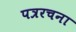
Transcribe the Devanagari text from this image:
पत्ररचना